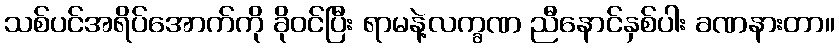
သစ်ပင်အရိပ်အောက်ကို ခိုဝင်ပြီး ရာမနဲ့လက္ခဏ ညီနောင်နှစ်ပါး ခဏနားတာ။